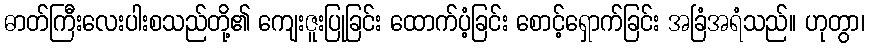
ဓာတ်ကြီးလေးပါးစသည်တို့၏ ကျေးဇူးပြုခြင်း ထောက်ပံ့ခြင်း စောင့်ရှောက်ခြင်း အခြံအရံသည်။ ဟုတွာ၊